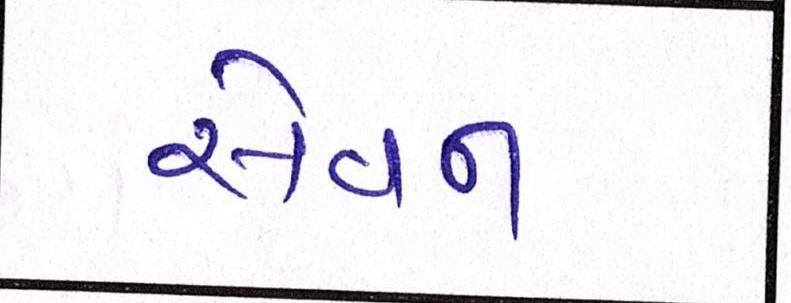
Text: સેવન